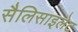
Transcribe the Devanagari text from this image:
सैलिसाइलेट